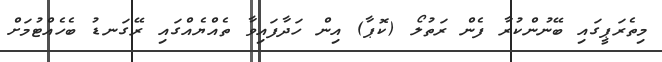
މިތެރަޕީގައި ބޭނުންކުރާ ފެން ރަތުލޯ (ކޮޕާ) އިން ހަދާފައިވާ ތެއްޔެއްގައި ރޭގަނޑު ބެހެއްޓުމަށް